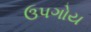
ઉપગોય